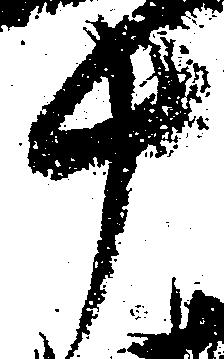
十